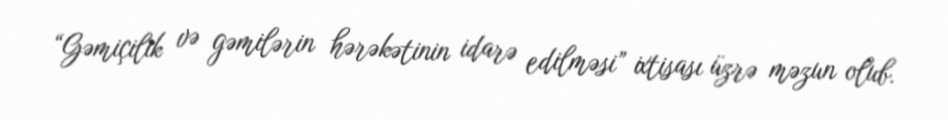
“Gəmiçilik və gəmilərin hərəkətinin idarə edilməsi” ixtisası üzrə məzun olub.